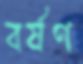
বর্ষণ